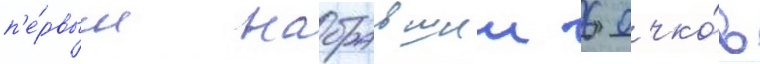
п'е́рвым набравшии 6 очко́в